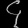
Digit: ၄